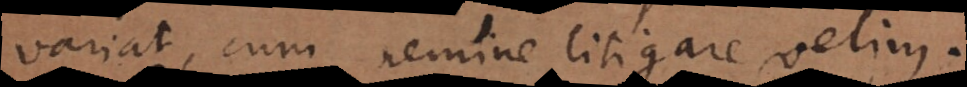
variat, cum nemine litigare velim.